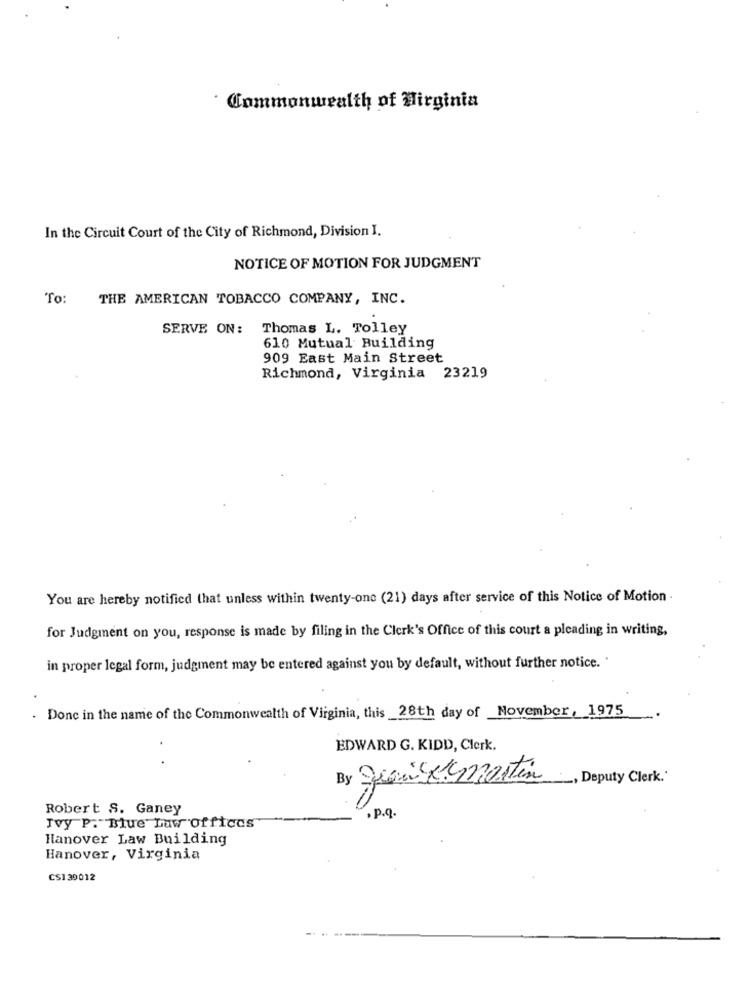
Commonwealth of Wirginia
In the Circuit Court of the City of Richmond, Division I.
NOTICE OF MOTION FOR JUDGMENT
To:
THE AMERICAN TOBACCO COMPANY, INC.
SERVE ON: Thomas L. Tolley
610 Mutual Building
909 East Main Street
Richmond, Virginia 23219
You are hereby notified that unless within twenty-one (21) days after service of this Notice of Motion
for Judgment on you, response is made by filing in the Clerk's Office of this court a pleading in writing,
in proper legal form, judgment may be entered against you by default, without further notice.'
Donc in the name of the Commonwealth of Virginia, this _28th day of November, 1975
EDWARD G. KIDD, Clerk.
By queux martin
_, Deputy Clerk.'
Robert S. Ganey
.p.q.
Ivy P. Blue Law offices
Hanover Law Building
Hanover, Virginia
CS1 39012